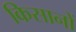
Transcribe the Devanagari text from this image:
किसानों